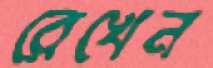
রেখেন